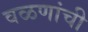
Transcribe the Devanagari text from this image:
वळणांची